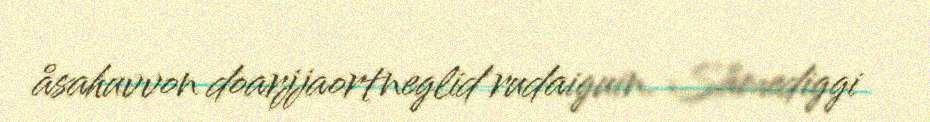
åsahuvvon doarjjaortneglid rudaiguin. Såmediggi